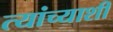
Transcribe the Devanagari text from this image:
त्यांच्याशीं